Leaving Certificate Examination (including Day School Certificate (Higher) General paper), 1931
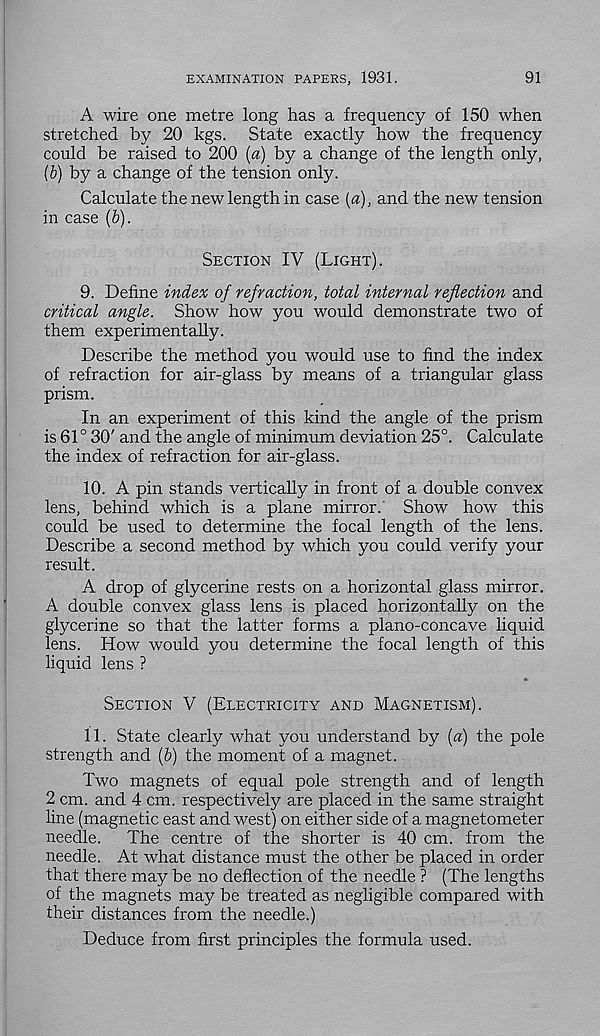
EXAMINATION PAPERS, 1931.
91
A wire one metre long has a frequency of 150 when
stretched by 20 kgs. State exactly how the frequency
could be raised to 200 {a) by a change of the length only,
(6) by a change of the tension only.
Calculate the new length in case [a), and the new tension
in case (&).
Section IV (Light).
9. Define index of refraction, total internal reflection and
critical angle. Show how you would demonstrate two of
them experimentally.
Describe the method you would use to find the index
of refraction for air-glass by means of a triangular glass
prism.
In an experiment of this kind the angle of the prism
is 61° 30' and the angle of minimum deviation 25°. Calculate
the index of refraction for air-glass.
10. A pin stands vertically in front of a double convex
lens, behind which is a plane mirror. Show how this
could be used to determine the focal length of the lens.
Describe a second method by which you could verify your
result.
A drop of glycerine rests on a horizontal glass mirror.
A double convex glass lens is placed horizontahy on the
glycerine so that the latter forms a plano-concave liquid
lens. How would you determine the focal length of this
liquid lens ?
Section V (Electricity and Magnetism).
11. State clearly what you understand by [a) the pole
strength and (&) the moment of a magnet.
Two magnets of equal pole strength and of length
2 cm. and 4 cm. respectively are placed in the same straight
line (magnetic east and west) on either side of a magnetometer
needle.
The centre of the shorter is 40 cm. from the
needle. At what distance must the other be placed in order
that there may be no deflection of the needle ? (The lengths
of the magnets may be treated as negligible compared with
their distances from the needle.)
Deduce from first principles the formula used.